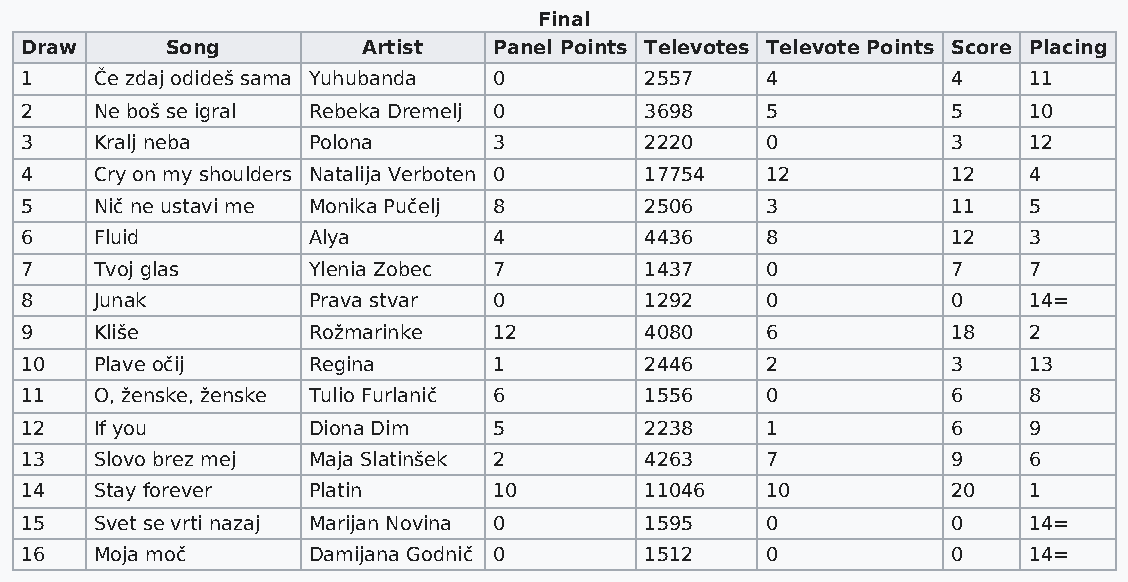
Final
 Draw      Song         Artist   Panel Points Televotes Televote Points Score Placing
 1    Če zdaj odideš sama Yuhubanda 0      2557    4           4    11
 2    Ne boš se igral Rebeka Dremelj 0     3698    5           5    10
 3    Kralj neba    Polona       3         2220    0           3    12
 4    Cry on my shoulders Natalija Verboten 0 17754 12         12   4
 5    Nič ne ustavi me Monika Pučelj 8     2506    3           11   5
 6    Fluid         Alya         4         4436    8           12   3
 7    Tvoj glas     Ylenia Zobec 7         1437    0           7    7
 8    Junak         Prava stvar  0         1292    0           0    14=
 9    Kliše         Rožmarinke   12        4080    6           18   2
 10   Plave očij    Regina       1         2446    2           3    13
 11   O, ženske, ženske Tulio Furlanič 6   1556    0           6    8
 12   If you        Diona Dim    5         2238    1           6    9
 13   Slovo brez mej Maja Slatinšek 2      4263    7           9    6
 14   Stay forever  Platin       10        11046   10          20   1
 15   Svet se vrti nazaj Marijan Novina 0  1595    0           0    14=
 16   Moja moč      Damijana Godnič 0      1512    0           0    14=